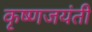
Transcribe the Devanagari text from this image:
कृष्णजयंती